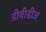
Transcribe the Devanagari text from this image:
डीवीडीज